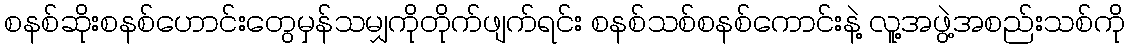
စနစ်ဆိုးစနစ်ဟောင်းတွေမှန်သမျှကိုတိုက်ဖျက်ရင်း စနစ်သစ်စနစ်ကောင်းနဲ့ လူ့အဖွဲ့အစည်းသစ်ကို